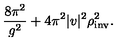
\frac { 8 \pi ^ { 2 } } { g ^ { 2 } } + 4 \pi ^ { 2 } | v | ^ { 2 } \rho _ { \mathrm { i n v } } ^ { 2 } .